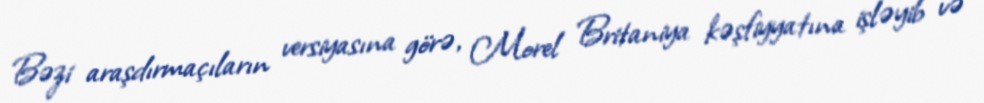
Bəzi araşdırmaçıların versiyasına görə, Morel Britaniya kəşfiyyatına işləyib və